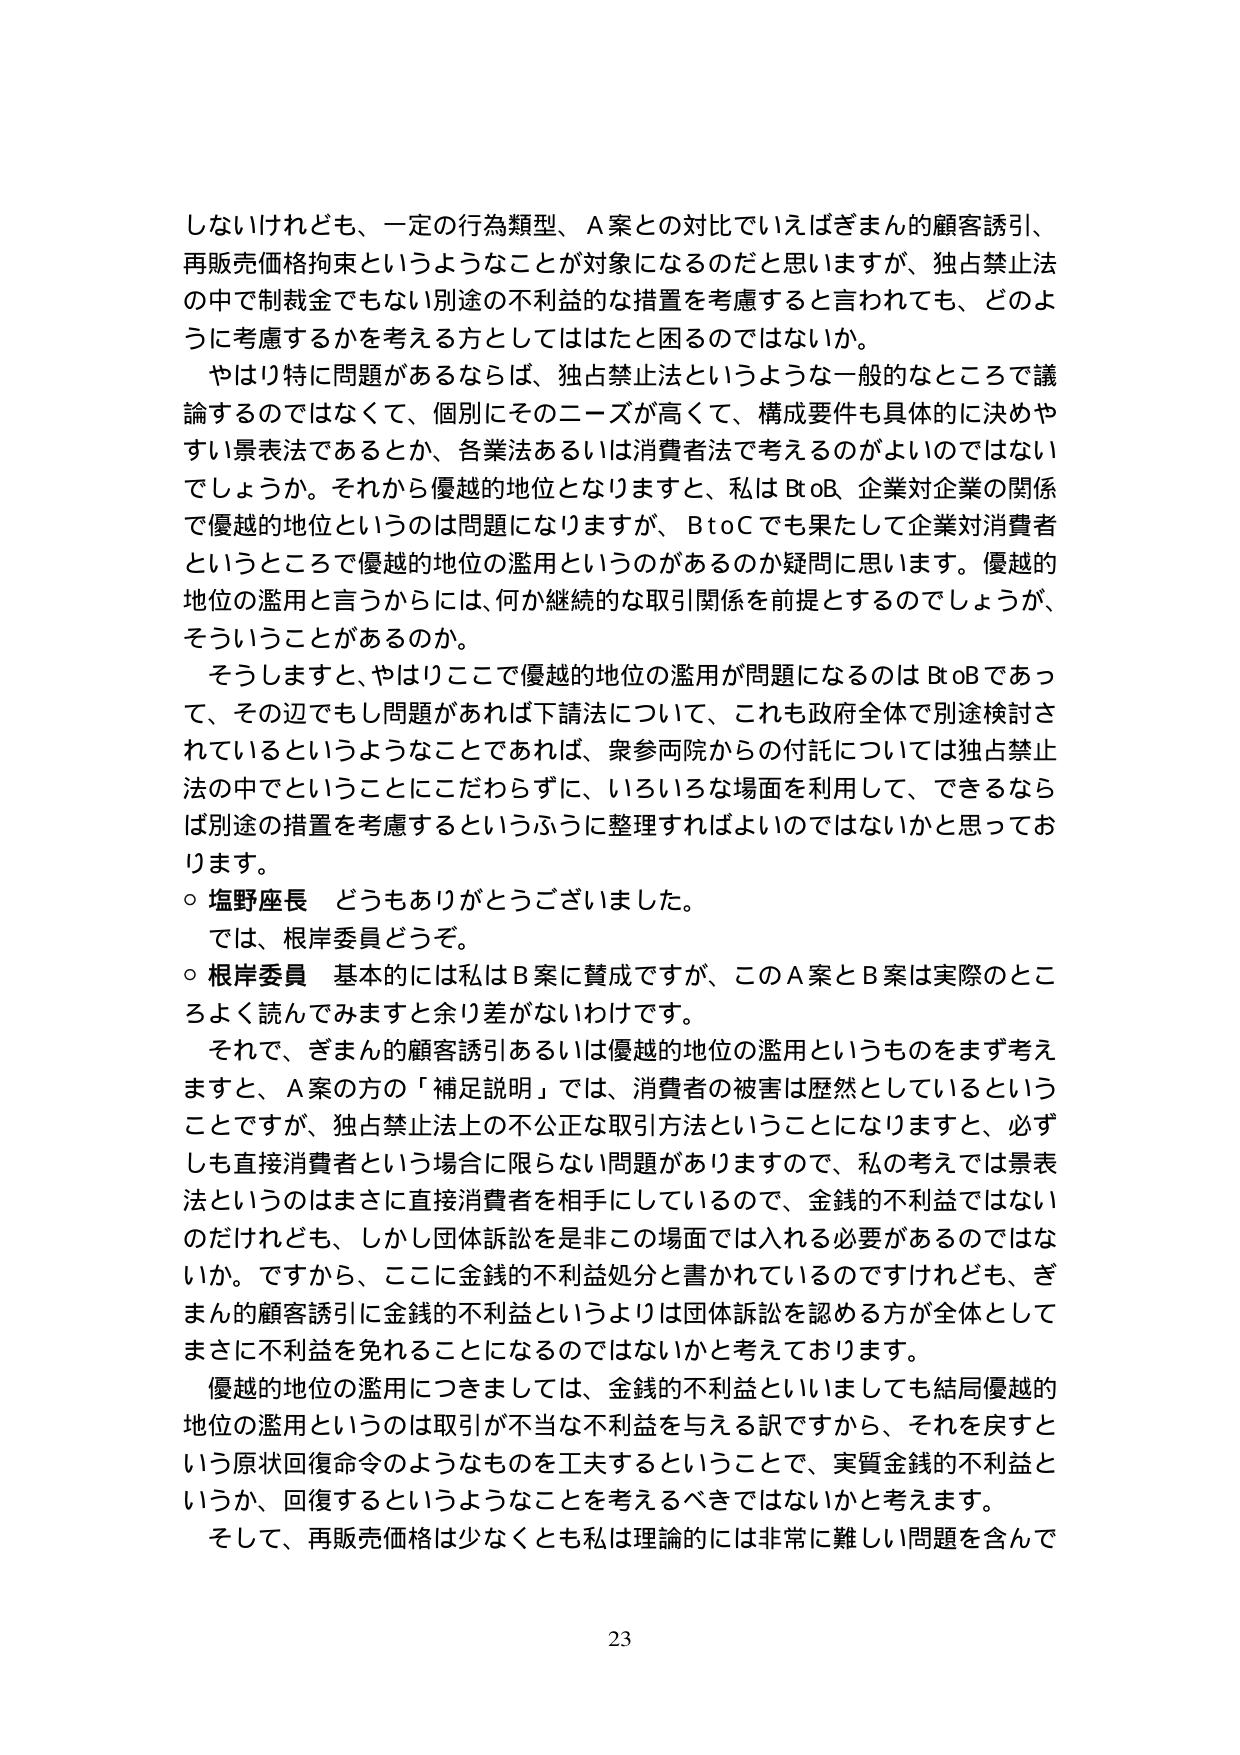
しないけれども、一定の行為類型、A案との対比でいえばぎまん的顧客誘引、再販売価格拘束というようなことが対象になるのだと思いますが、独占禁止法の中で制裁金でもない別途の不利益的な措置を考慮すると言われても、どのように考慮するかを考える方としてはたと困るのではないか。

やはり特に問題があるならば、独占禁止法というような一般的なところで議論するのではなくて、個別にそのニーズが高くて、構成要件も具体的に決めやすい景表法であるとか、各業法あるいは消費者法で考えるのがよいのではないでしょうか。それから優越的地位となりますと、私はBtoB、企業対企業の関係で優越的地位というのは問題になりますが、BtoCでも果たして企業対消費者というところで優越的地位の濫用というのがあるのか疑問に思います。優越的地位の濫用と言うからには、何か継続的な取引関係を前提とするのでしょうか、そういうことがあるのか。

そうしますと、やはりここで優越的地位の濫用が問題になるのはBtoBであって、その辺でもし問題があれば下請法について、これも政府全体で別途検討されているというようなことであれば、衆参両院からの付託については独占禁止法の中でということにこだわらずに、いろいろな場面を利用して、できるならば別途の措置を考慮するというふうに整理すればよいのではないかと思っております。

○ 塩野座長 どうもありがとうございました。

では、根岸委員どうぞ。

○ 根岸委員 基本的には私はB案に賛成ですが、このA案とB案は実際のところよく読んでみますと余り差がないわけです。

それで、ぎまん的顧客誘引あるいは優越的地位の濫用というものをまず考えますと、A案の方の「補足説明」では、消費者の被害は歴然としているということですが、独占禁止法上の不公正な取引方法ということになりますと、必ずしも直接消費者という場合に限らない問題がありますので、私の考えでは景表法というのはまさに直接消費者を相手にしているので、金銭的不利益ではないのだけれども、しかし団体訴訟を是非この場面では入れる必要があるのではないか。ですから、ここに金銭的不利益処分と書かれているのですけれども、ぎまん的顧客誘引に金銭的不利益というよりは団体訴訟を認める方が全体としてまさに不利益を免れることになるのではないかと考えております。

優越的地位の濫用につきましては、金銭的不利益といいましても結局優越的地位の濫用というのは取引が不当な不利益を与える訳ですから、それを戻すという原状回復命令のようなものを工夫するということで、実質金銭的不利益というか、回復するというようなことを考えるべきではないかと考えます。

そして、再販売価格は少なくとも私は理論的には非常に難しい問題を含んで

23